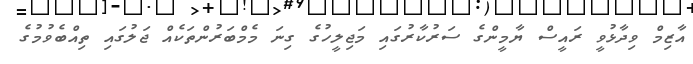
އާޒިމް ވިދާޅުވީ ރައީސް ޔާމީންގެ ސަރުކާރުގައި މަޖިލީހުގެ ގިނަ މެމްބަރުންތަކެއް ޖަލުގައި ތިއްބެވުމުގެ